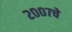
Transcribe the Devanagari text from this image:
२००७चे